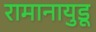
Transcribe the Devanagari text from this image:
रामानायुडू